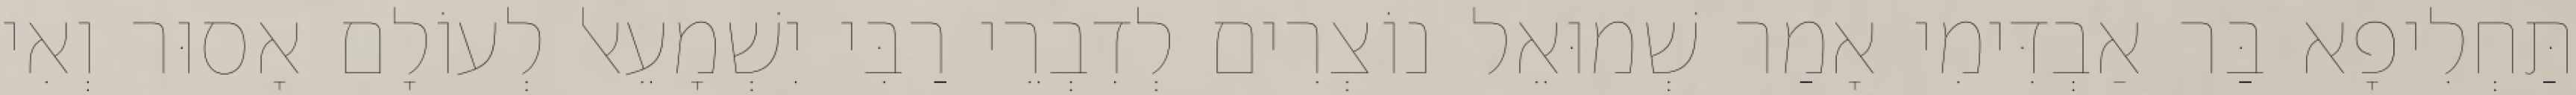
תַּחְלִיפָא בַּר אַבְדִּימִי אָמַר שְׁמוּאֵל נוֹצְרִים לְדִבְרֵי רַבִּי יִשְׁמָעֵאל לְעוֹלָם אָסוּר וְאִי